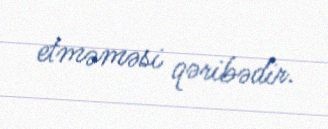
etməməsi qəribədir.